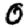
Digit: 0